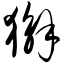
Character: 獬